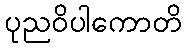
ပုညဝိပါကောတိ